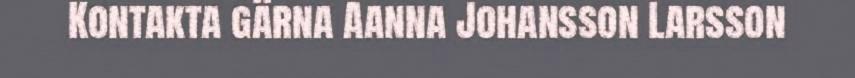
Kontakta gärna Aanna Johansson Larsson